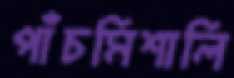
পাঁচমিশালি